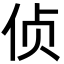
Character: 侦